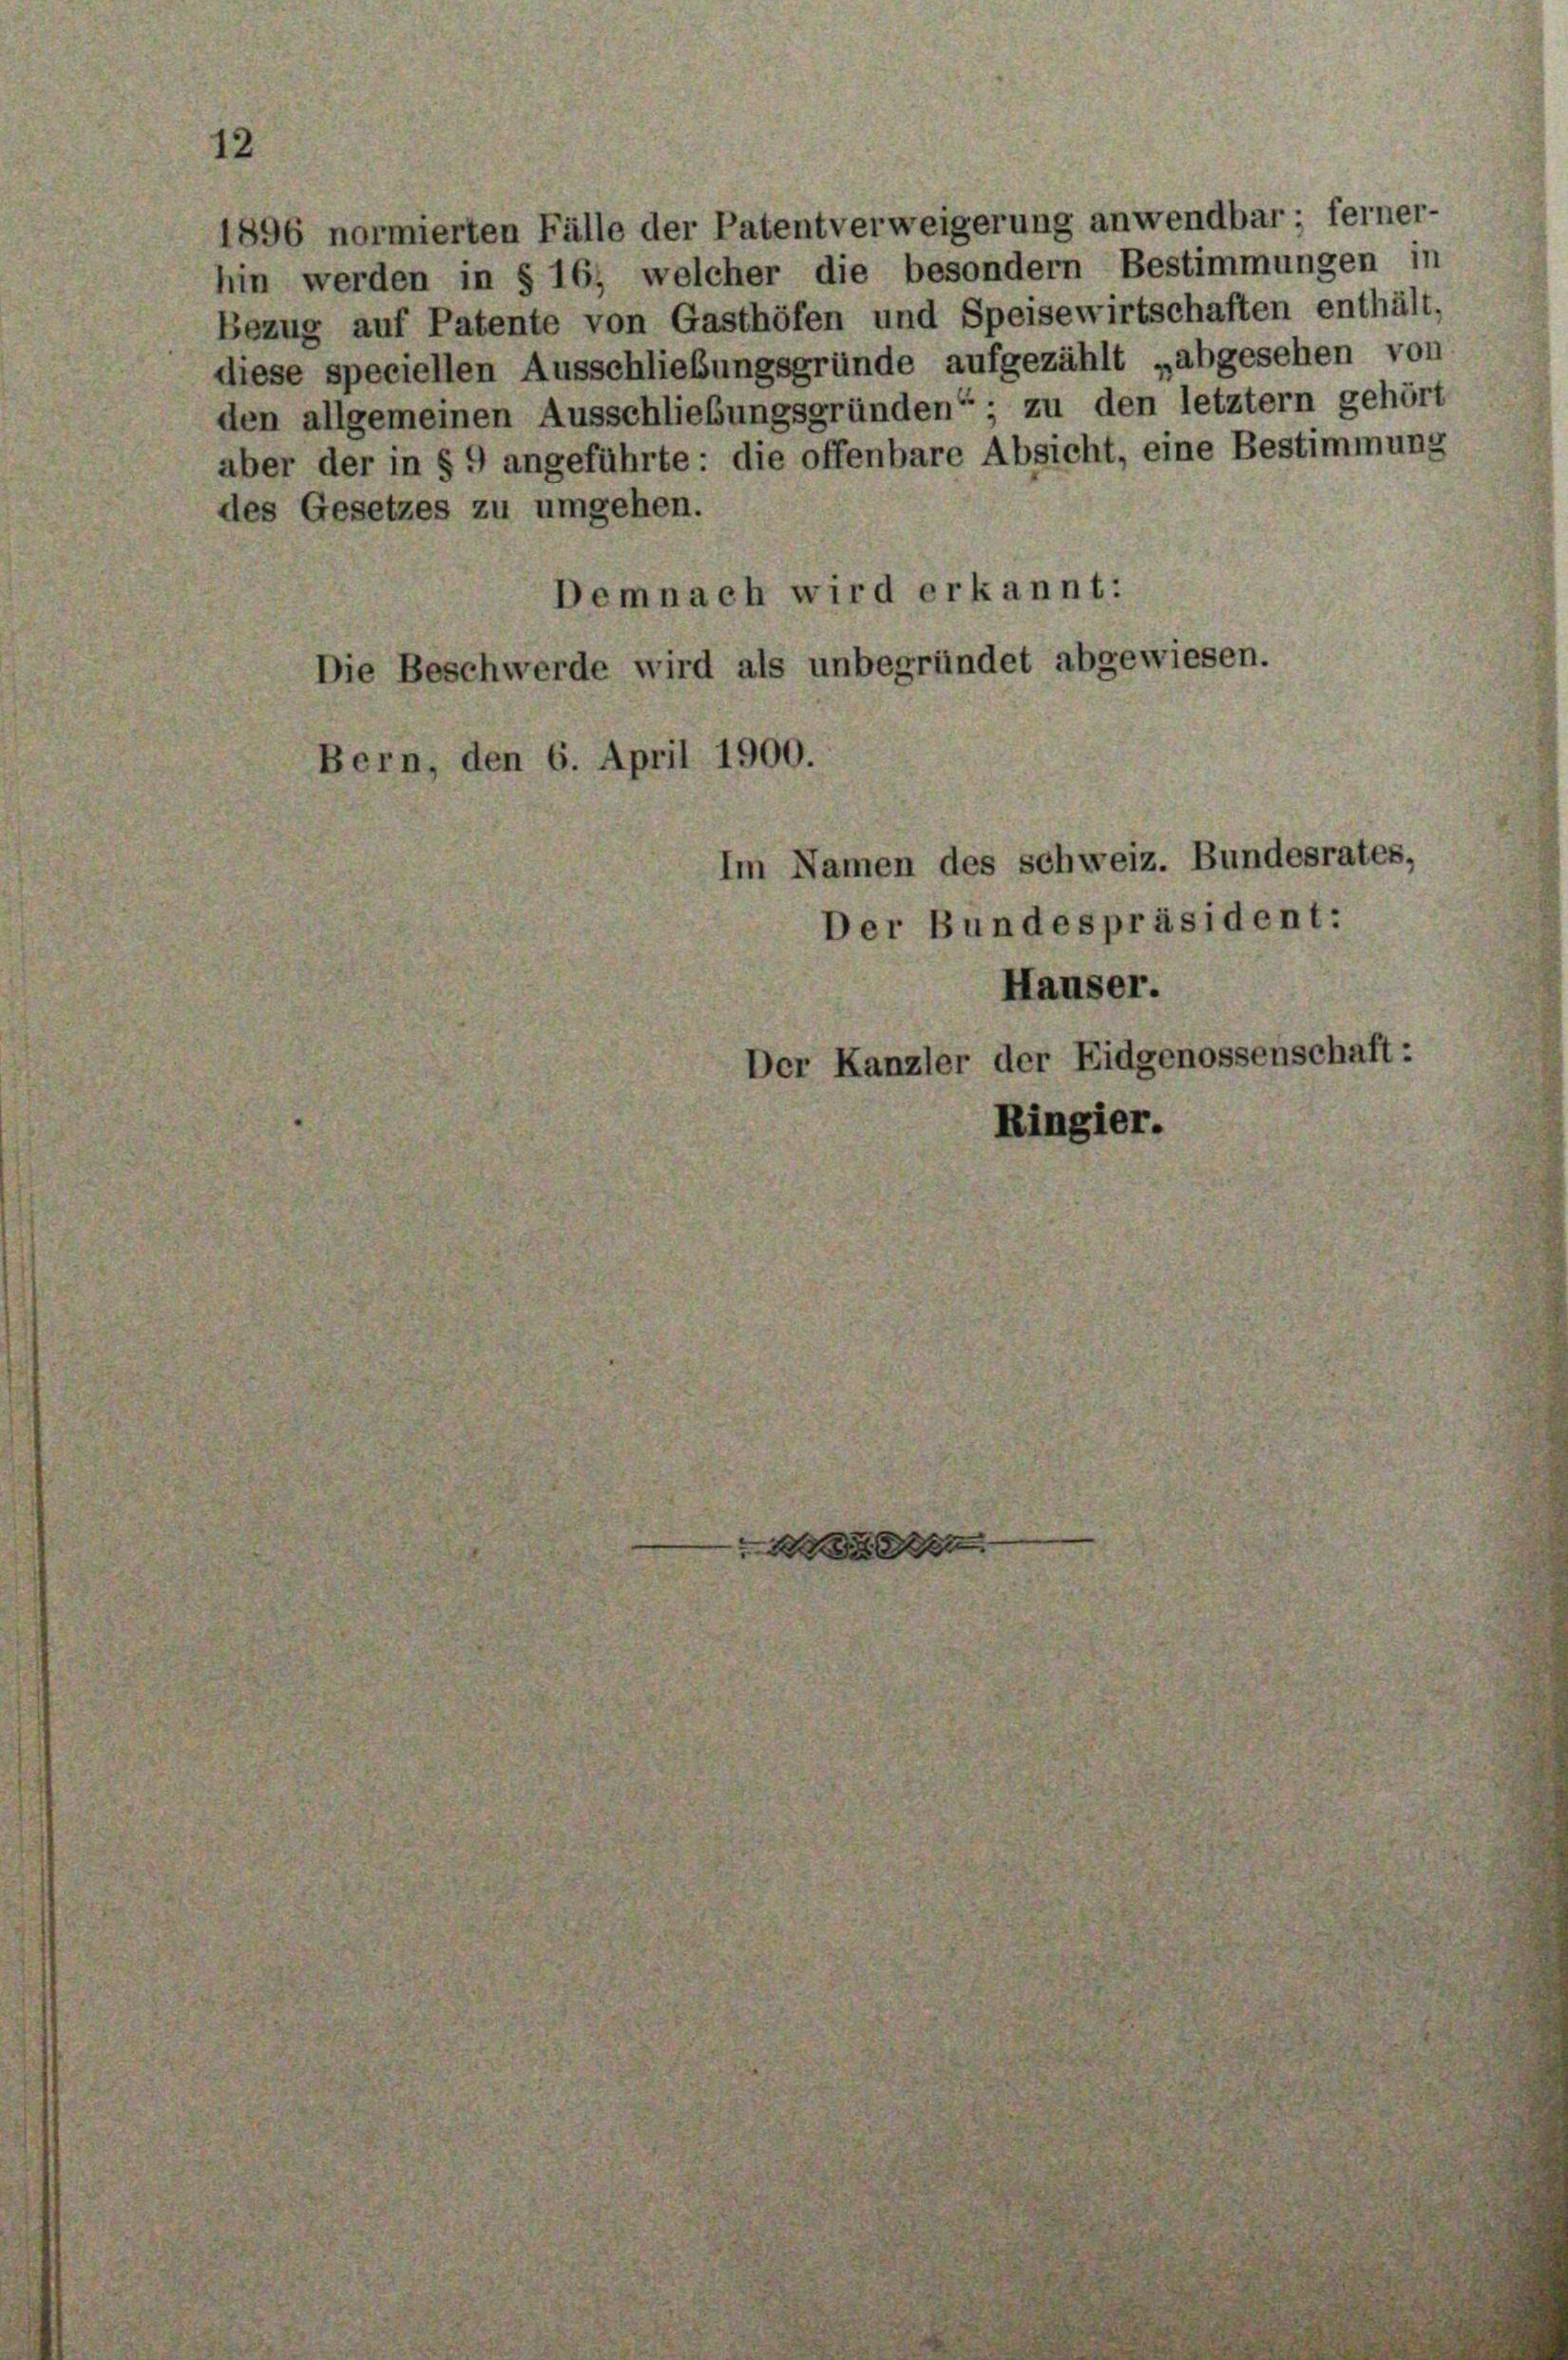
1896 normierten Fälle der Patentverweigerung anwendbar; ferner-
hin werden in § 16, welcher die besondern Bestimmungen in
Bezug auf Patente von Gasthöfen und Speisewirtschaften enthält,
diese speciellen Ausschließungsgründe aufgezählt „abgesehen von
den allgemeinen Ausschließungsgründen“; zu den letztem gehört
aber der in § 9 angeführte: die offenbare Absicht, eine Bestimmung
des Gesetzes zu umgehen.

Demnach wird erkannt:
Die Beschwerde wird als unbegründet abgewiesen.
Bern, den 6. April 1900.
Im Namen des schweiz. Bundesrates,

Der Bundespräsident:
Häuser.
Der Kanzler der Eidgenossenschaft:
Ringier.

A